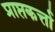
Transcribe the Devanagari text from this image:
प्राप्तकर्त्ता